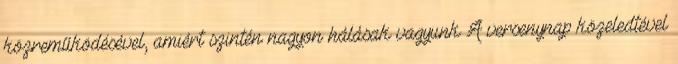
közreműködésével, amiért szintén nagyon hálásak vagyunk A versenynap közeledtével